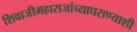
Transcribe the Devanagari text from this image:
शिवाजीमहाराजांच्याघराण्याशी